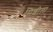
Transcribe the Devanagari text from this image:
मिशीला